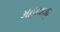
મહાઋષિ